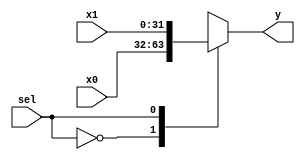

`timescale 1ns/1ns

module mux2(x0, x1, y, sel);
	input [31 : 0]x0, x1;
	input  sel;
	output reg [31 : 0]y;

	always @(*) begin
		case(sel)
		1'b0:
			y = x0;
		1'b1:
			y = x1;
		endcase
	end
endmodule